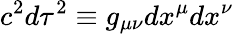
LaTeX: c^{2}d\tau^{2}\equiv g_{\mu\nu}dx^{\mu}dx^{\nu}